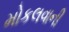
મોકલવાની